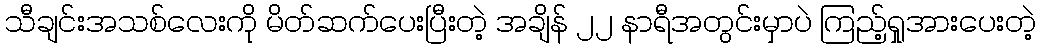
သီချင်းအသစ်လေးကို မိတ်ဆက်ပေးပြီးတဲ့ အချိန် ၂၂ နာရီအတွင်းမှာပဲ ကြည့်ရှုအားပေးတဲ့